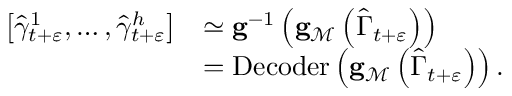
\begin{array} { r l } { \left[ \widehat { \gamma } _ { t + \varepsilon } ^ { 1 } , \ldots , \widehat { \gamma } _ { t + \varepsilon } ^ { h } \right] } & { \simeq \mathbf { g } ^ { - 1 } \left( \mathbf { g } _ { \mathcal { M } } \left( \widehat { \Gamma } _ { t + \varepsilon } \right) \right) } \\ & { = \operatorname { D e c o d e r } \left( \mathbf { g } _ { \mathcal { M } } \left( \widehat { \Gamma } _ { t + \varepsilon } \right) \right) . } \end{array}